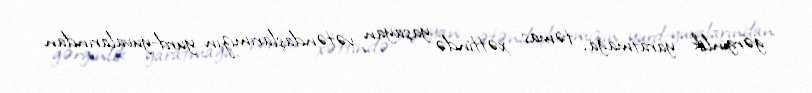
gərginlik yaratmağa, təmas xəttində yaşayan vətəndaşlarımızın yurd-yuvalarından